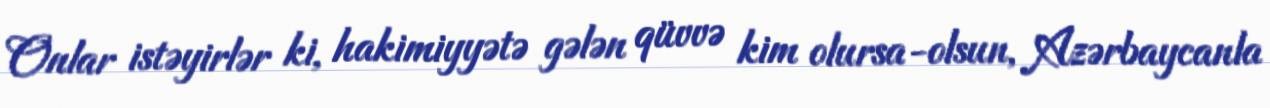
Onlar istəyirlər ki, hakimiyyətə gələn qüvvə kim olursa-olsun, Azərbaycanla